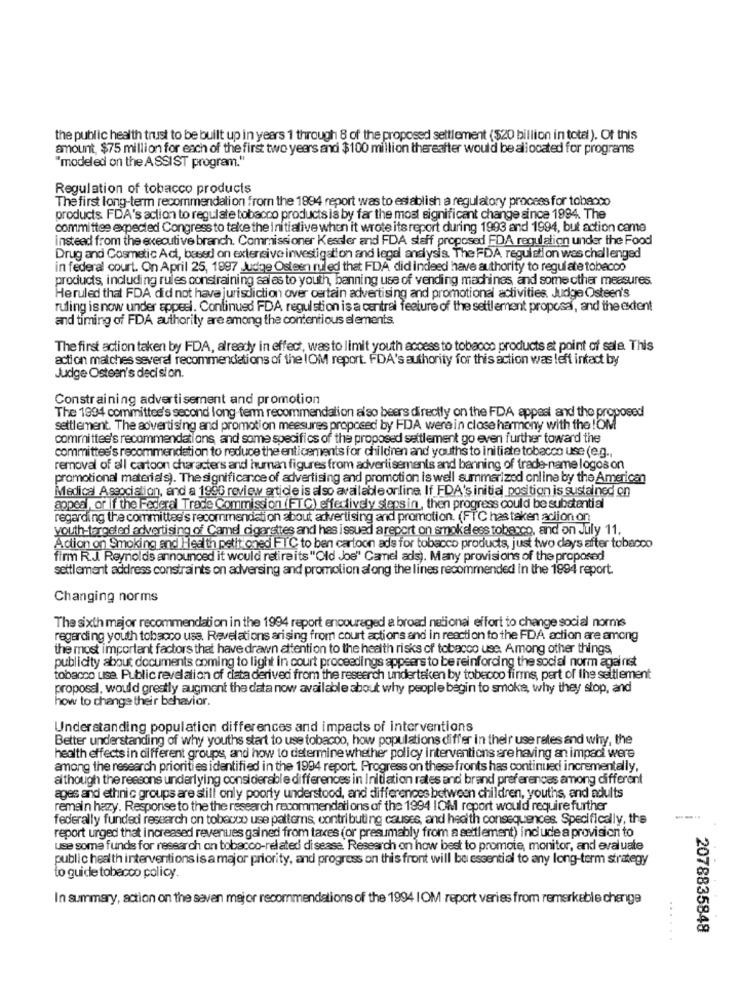
the public health trust to be built up in years 1 through 8 of the proposed settlement ($20 billion in total). Of this
amount, $75 million for each of the first two years and $100 million thereafter would be allocated for programs
"modeled on the ASSIST program."
Regulation of tobacco products
The first long-term recommendation from the 1894 report was to establish a regulatory process for tobacco
products FDA's action to regulate tobacco products is by far the most significant change since 1994. The
committee expected Congress to take the Initiative when it wrote its report during 1993 and 1994, but action came
instead from the executive branch. Commissioner Kessler and FDA staff proposed FDA regulation under the Food
Drug and Cosmetic Act, based on extensive investigation and legal analysis. The FDA regulation was challenged
in federal court. On April 25, 1997 Judge Osteen ruled that FDA did indeed have authority to regulate tobecoo
products, including rules constraining sales to youth, banning use of vending machines, and some other measures.
Heruled that FDA did not have jurisdiction over certain advertising and promotional activities. Judge Osteen's
ruling is now under appeel. Continued FDA regulation is a central feature of the settlement proposal, and the extent
and timing of FDA authority are among the contentious elements.
The first action taken by FDA, already in effect, was to limit youth access to tobacco products at point of sale. This
action matches several recommendations of the IOM report. FDA's authority for this action was left intact by
Judge Osteen's decision.
Constraining advertisement and promotion
The 1994 committee's second long-term recommendation also beers directly on the FDA appeal and the proposed
settlement. The advertising and promotion meesures proposed by FDA were in close harmony with the !OM
committed's recommendations, and some specifics of the proposed settlement go even further toward the
committes's recommendation to reduce the enticements for children and youths to initiate tobacco use (e.g .,
removal of all cartoon characters and human figures from advertisements and banning of trade-name logos on
promotional materials). The significance of advertising and promotion is well summarized online by the American
Medical Association, and a 1990 review article is also available online If FDA's initial position is sustained on
appeal, or if the Federal Trade Commission (FTC) effectively steps in, then progress could be substantial
regarding the committed's recommendation about advertising and promotion. (FTC has taken acijon on
youth-targeted advertising of Camel cigarettes and has issued a report on smokeless tobacco, and on July 11,
Action on Smoking and Health petit oned FTC to ben cartoon ads for tobacco products, just two days after tobacco
firm R.J. Reynolds announced it would retireits"Old JJoe" Camel ads). Many provisions of the proposed
settlement address constraints on adversing and promotion along the lines recommended in the 1994 report.
Changing norms
The sixth major recommendation in the 1994 report encouraged a broad national effort to change social norms
regarding youth tobacco usa. Revelations arising from court actions and in reaction to the FDA action are among
the most important factors that have drawn attention to the health risks of tobacco use, Among other things
publicity about documents coming to light in court proceedings appears to be reinforcing the social norm againist
tobacco use Public revelation of data derived from the research undertaken by tobecco firms, part of the settlement
proposal, would greatly augment the data now available about why people begin to smoke, why they stop, and
how to change their behavior.
Understanding population differences and impacts of interventions
Better understanding of why youths start to use tobacco, how populations differ in their use rates and why, the
health effects in different groups, and how to determine whether policy interventions are having an impact were
among the research priorities identified in the 1994 report. Progress on these fronts has continued incrementally,
although the reasons underlying considerable differences in Initiation rates and brand preferences among different
ages and ethnic groups are still only poorty understood, and differences between children, youths, and adults
remain hazy. Resporise to the the research recommendations of the 1994 IOM report would require further
federally funded research on tobacco use patterns, contributing causes, and health consequences. Specifically, the
report urged that increased revenues gained from taxes (or presumably from a settlement) ind ude a provision to
use some funds for research on tobacco-related disease. Research on how best to promote, monitor, and evaluate
public health interventions is a major priority, and progress on this front will be essential to any long-term strategy
to guide tobacco policy.
In summary, action on the seven mejor recommendations of the 1994 |OM report varies from remerkeble chenige
....
2078835848